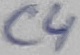
Text: C4